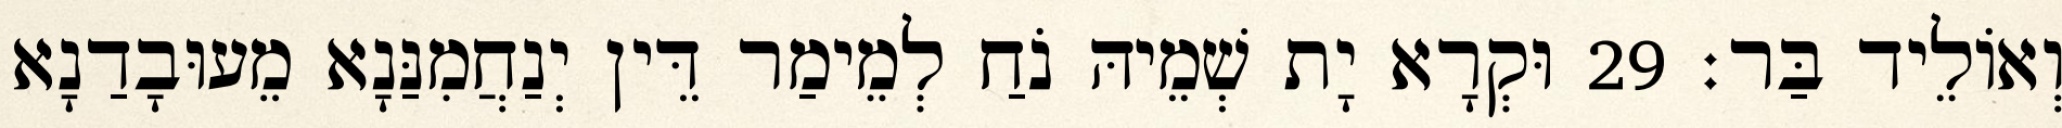
וְאוֹלֵיד בַּר׃ 29 וּקְרָא יָת שְׁמֵיהּ נֹחַ לְמֵימַר דֵּין יְנַחֲמִנַּנָא מֵעוּבָדַנָא